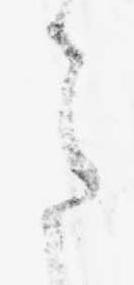
さ